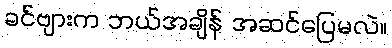
ခင်ဗျားက ဘယ်အချိန် အဆင်ပြေမလဲ။